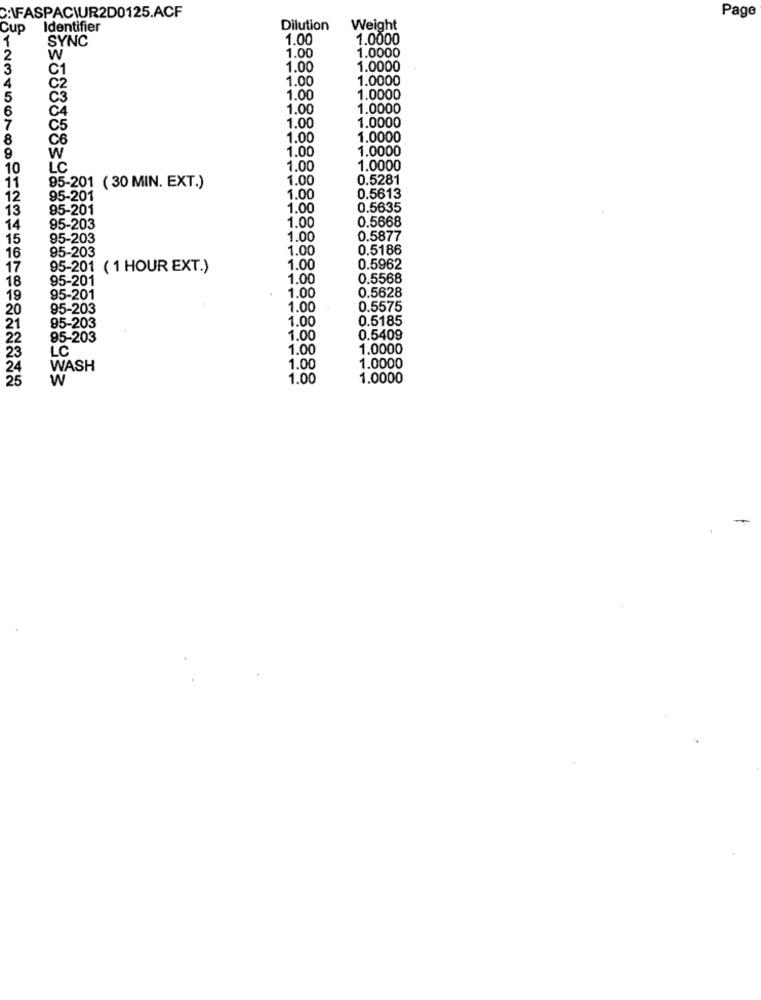
Page
C:\FASPACWUR2D0125.ACF
Cup
Identifier
Dilution
Weight
1
SYNC
1.00
1.0000
1.00
1.0000
W
3
C1
1.00
1.0000
C2
1.00
1.0000
4
5
Č3
1.00
1.0000
6
1,00
1.0000
C4
1.0000
7
C5
1.00
8
1.00
1.0000
1.00
1.0000
9
W
10
L'C
1.00
1.0000
1.00
0.5281
11
95-201 ( 30 MIN. EXT.)
12
95-201
1.00
0.5613
13
95-201
1.00
0.5635
1.00
0.5668
14
95-203
15
95-203
1.00
0.5877
95-203
1.00
0.5186
16
17
95-201
( 1 HOUR EXT.)
1.00
0.5962
95-201
1.00
0.5568
18
1.00
0.5628
19
95-201
20
95-203
1.00
0.5575
95-203
1.00
0.5185
21
22
95-203
1.00
0.5409
LC
1.00
1.0000
23
24
WASH
1.00
1.0000
25
W
1.00
1.0000